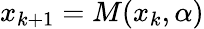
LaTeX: x_{k+1}=M(x_{k},\alpha)